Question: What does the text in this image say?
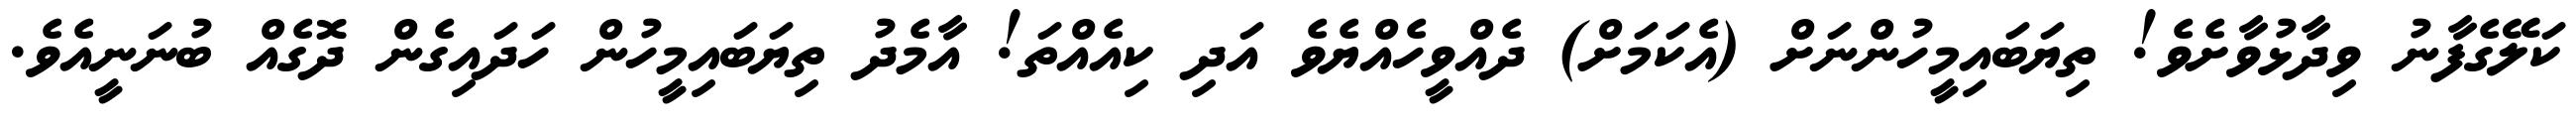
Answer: ކަލޭގެފާނު ވިދާޅުވާށެވެ! ތިޔަބައިމީހުންނަށް (އެކަމަށް) ދެއްވީހެއްޔެވެ އަދި ކިއެއްތަ! އާމެދު ތިޔަބައިމީހުން ހަދައިގެން ދޮގެއް ބުނަނީއެވެ.